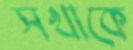
সখাকে